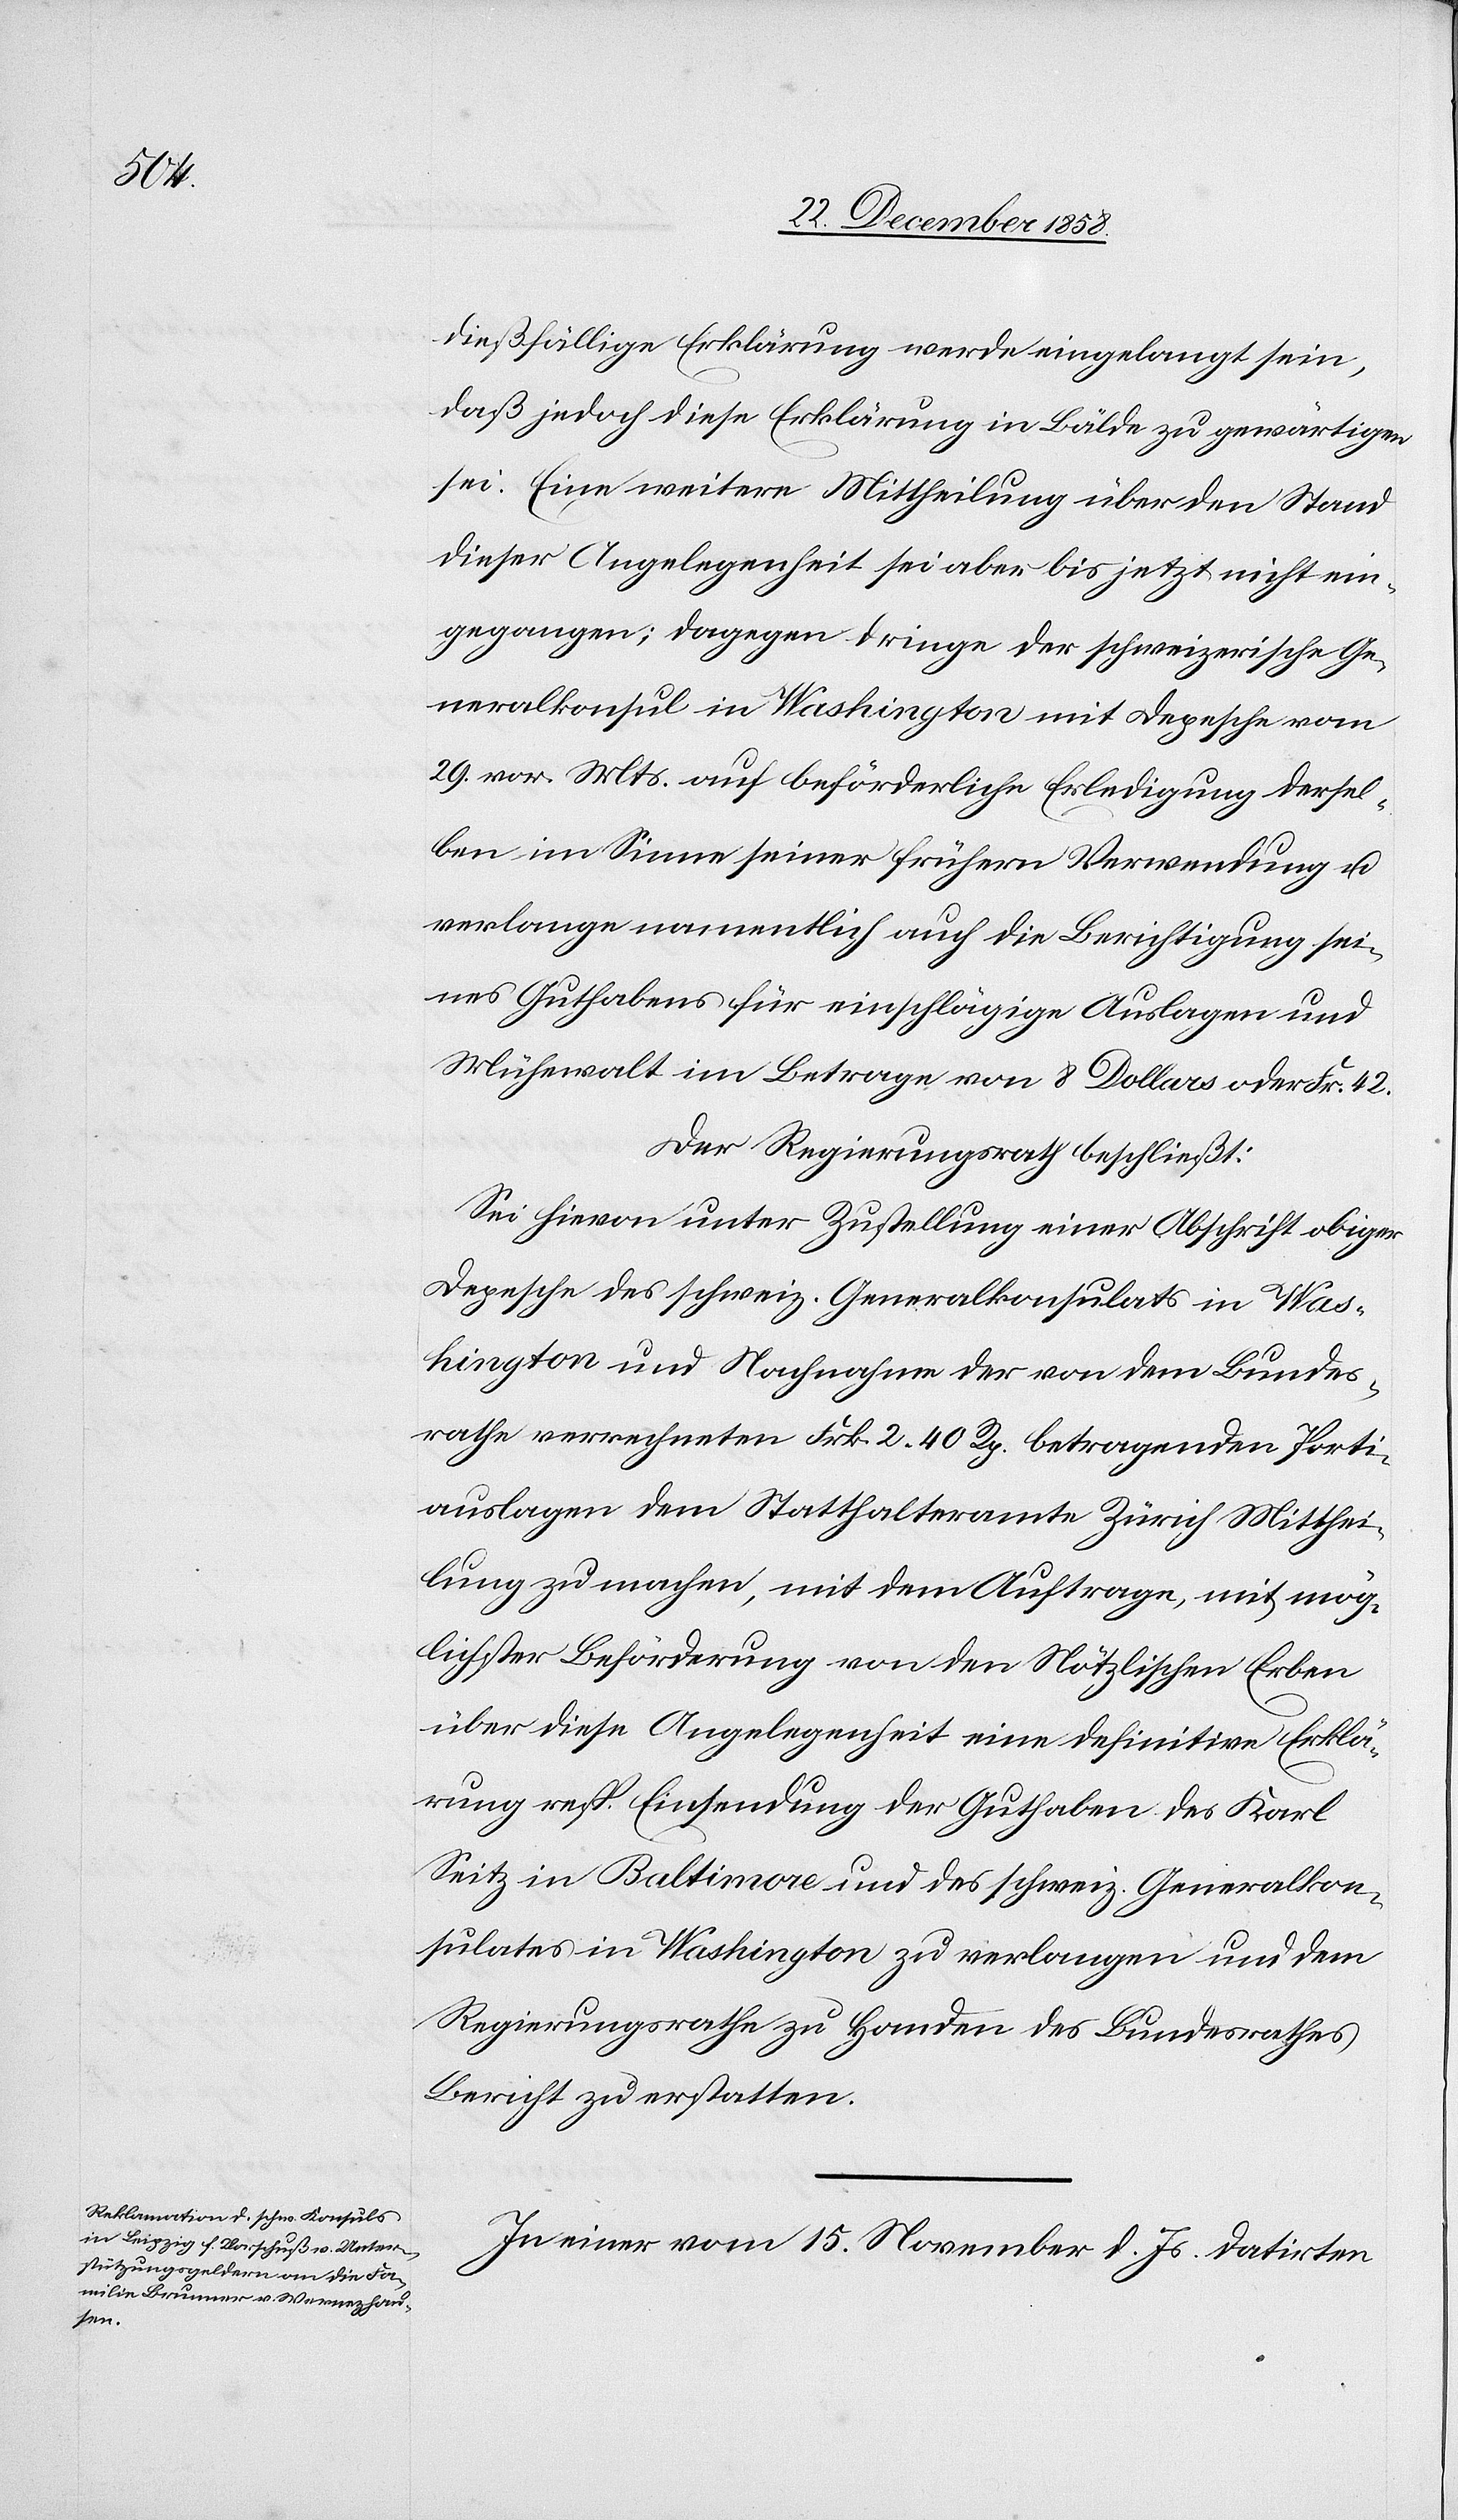
dießfällige Erklärung werde eingelangt sein,
daß jedoch diese Erklärung in Bälde zu gewärtigen
sei. Eine weitere Mittheilung über den Stand
dieser Angelegenheit sei aber bis jetzt nicht ein¬
gegangen; dagegen dringe der schweizerische Ge¬
neralkonsul in Washington mit Depesche vom
29. vor. Mts. auf beförderliche Erledigung dersel¬
ben im Sinne seiner frühern Verwendung u.
verlange namentlich auch die Berichtigung sei¬
nes Guthabens für einschlägige Auslagen und
Mühewalt im Betrage von 8 Dollars oder Fr. 42.
Der Regierungsrath beschließt:
Sei hievon unter Zustellung einer Abschrift obiger
Depesche des schweiz. Generalkonsulats in Was¬
hington und Nachnahme der von dem Bundes¬
rathe verrechneten Frk. 2 40 Rp. betragenden Porti¬
auslagen dem Statthalteramte Zürich Mitthei¬
lung zu machen, mit dem Auftrage, mit mög¬
lichster Beförderung von den Nötzlischen Erben
über diese Angelegenheit eine definitive Erklä¬
rung resp. Einsendung der Guthaben des Karl
Seitz in Baltimore und des schweiz. Generalkon¬
sulates in Washington zu verlangen und dem
Regierungsrathe zu Handen des Bundesrathes
Bericht zu erstatten.
In einer vom 15. November d. Js. datirten